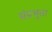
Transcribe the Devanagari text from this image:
संप्रभुत्ता